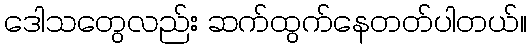
ဒေါသတွေလည်း ဆက်ထွက်နေတတ်ပါတယ်။